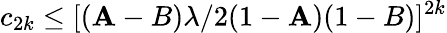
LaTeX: c_{2k}\leq[(\mathbf{A}-B)\lambda/2(1-\mathbf{A})(1-B)]^{2k}